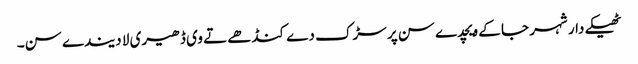
ٹھیکے دار شہر جا کے ویچدے سن پر سڑک دے کنڈھے تے وی ڈھیری لا دیندے سن۔